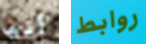
أنها روابط